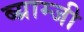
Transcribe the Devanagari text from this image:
ब्य्राम्जी